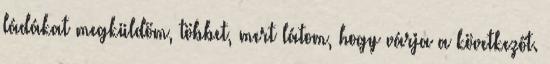
ládákat megküldöm, többet, mert látom, hogy várja a következőt.